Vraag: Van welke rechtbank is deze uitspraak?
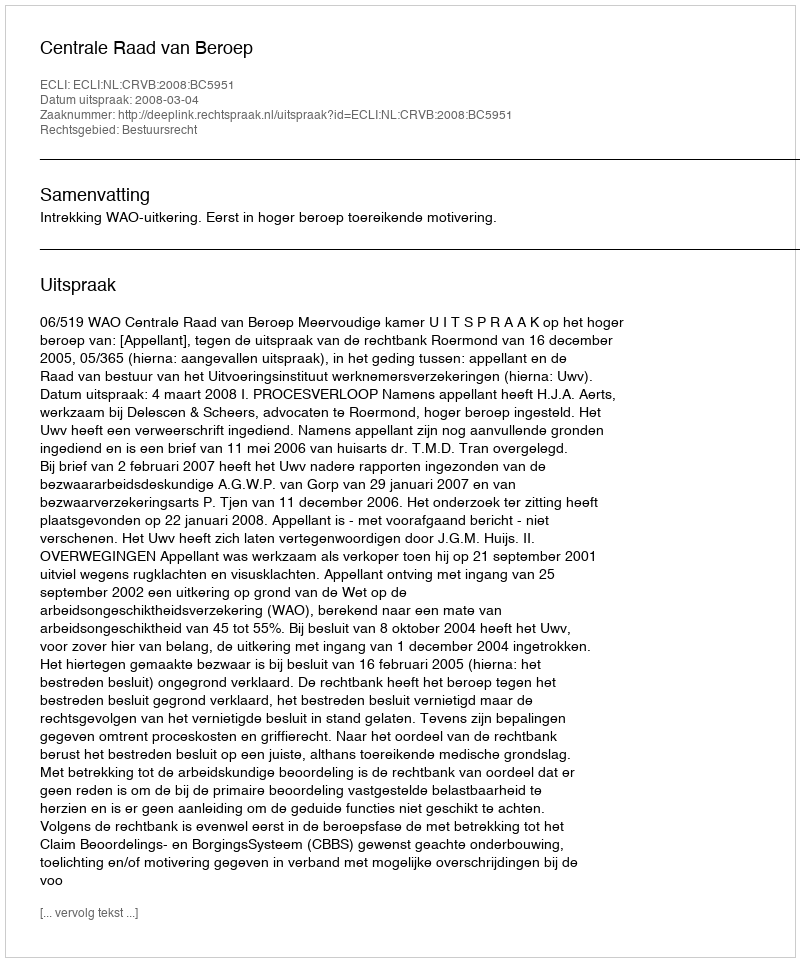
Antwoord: Centrale Raad van Beroep